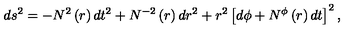
d s ^ { 2 } = - N ^ { 2 } \left( r \right) d t ^ { 2 } + N ^ { - 2 } \left( r \right) d r ^ { 2 } + r ^ { 2 } \left[ d \phi + N ^ { \phi } \left( r \right) d t \right] ^ { 2 } ,